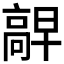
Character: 𫘷